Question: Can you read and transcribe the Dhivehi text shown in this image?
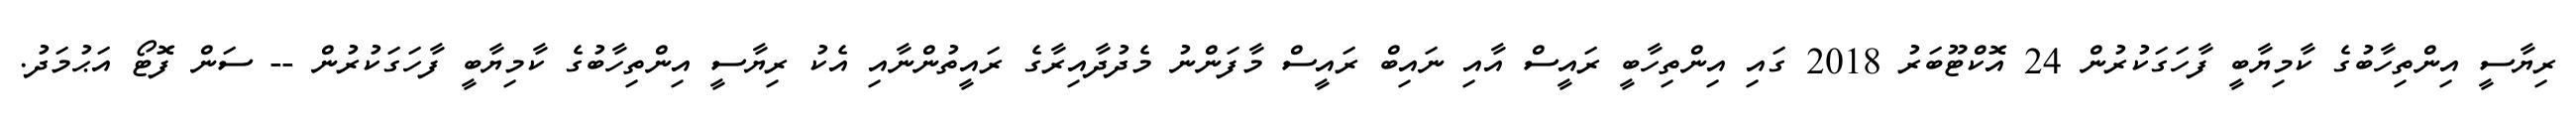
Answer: ރިޔާސީ އިންތިހާބުގެ ކާމިޔާބީ ފާހަގަކުރުން 24 އޮކްޓޫބަރު 2018 ގައި އިންތިހާބީ ރައީސް އާއި ނައިބް ރައީސް މާފަންނު މެދުދާއިރާގެ ރައީތުންނާއި އެކު ރިޔާސީ އިންތިހާބުގެ ކާމިޔާބީ ފާހަގަކުރުން -- ސަން ފޮޓޯ އަޙުމަދު.